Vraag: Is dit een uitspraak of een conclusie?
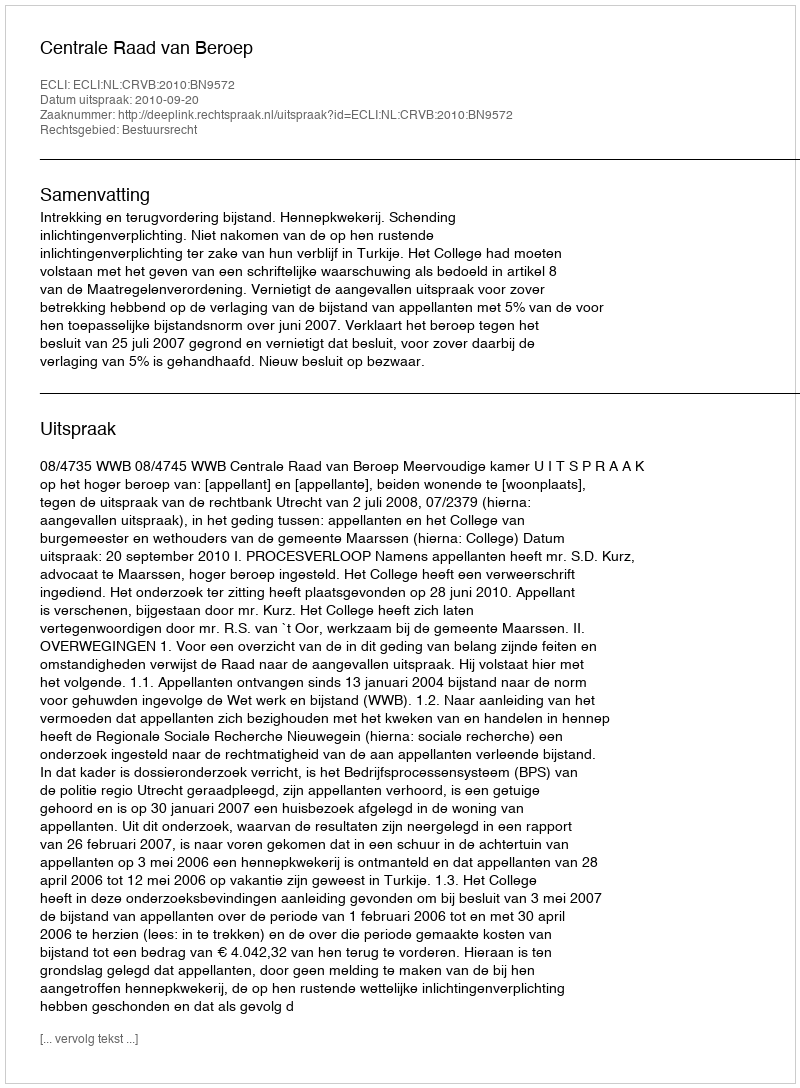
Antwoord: Uitspraak